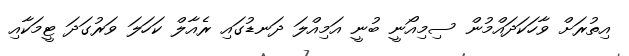
އިތުރަށް ވާހަކަދައްމުން ސިމިއޯނީ ބުނީ އަމިއްލަ ދަނޑުގައި ރެއާލް ކަހަލަ ވަރުގަދަ ޓީމަކާއި